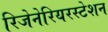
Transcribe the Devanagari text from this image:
रिजेनेरियरस्टेशन